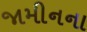
જામીનના